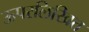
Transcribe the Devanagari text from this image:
ऊपरलिखित